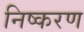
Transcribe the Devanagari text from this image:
निष्करण